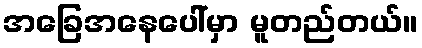
အခြေအနေပေါ်မှာ မူတည်တယ်။